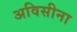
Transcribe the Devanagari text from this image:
अविसीना